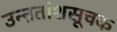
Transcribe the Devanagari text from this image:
उन्ऩतांशसूचक